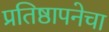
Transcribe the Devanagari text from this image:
प्रतिष्ठापनेचा